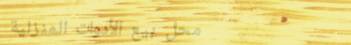
محل بيع الأدوات المنزلية